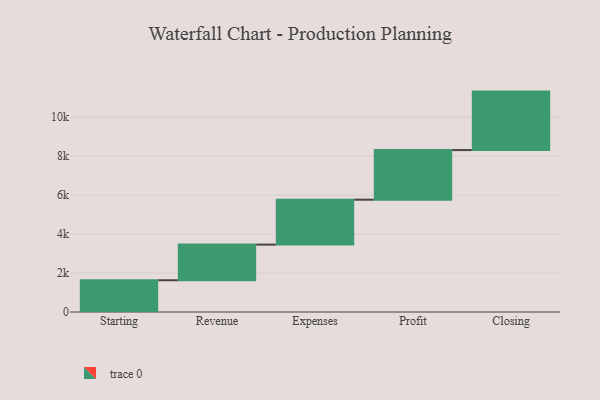
{"axis": {"x": "Step", "y": "Value"}, "legend": [""], "data": [{"x": "Starting", "y": 1629.0, "type": ""}, {"x": "Revenue", "y": 1828.0, "type": ""}, {"x": "Expenses", "y": 2305.0, "type": ""}, {"x": "Profit", "y": 2545.0, "type": ""}, {"x": "Closing", "y": 3000, "type": ""}]}